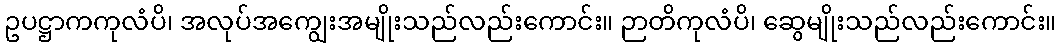
ဥပဋ္ဌာကကုလံပိ၊ အလုပ်အကျွေးအမျိုးသည်လည်းကောင်း။ ဉာတိကုလံပိ၊ ဆွေမျိုးသည်လည်းကောင်း။